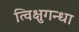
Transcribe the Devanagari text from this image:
त्विक्षुगन्धा